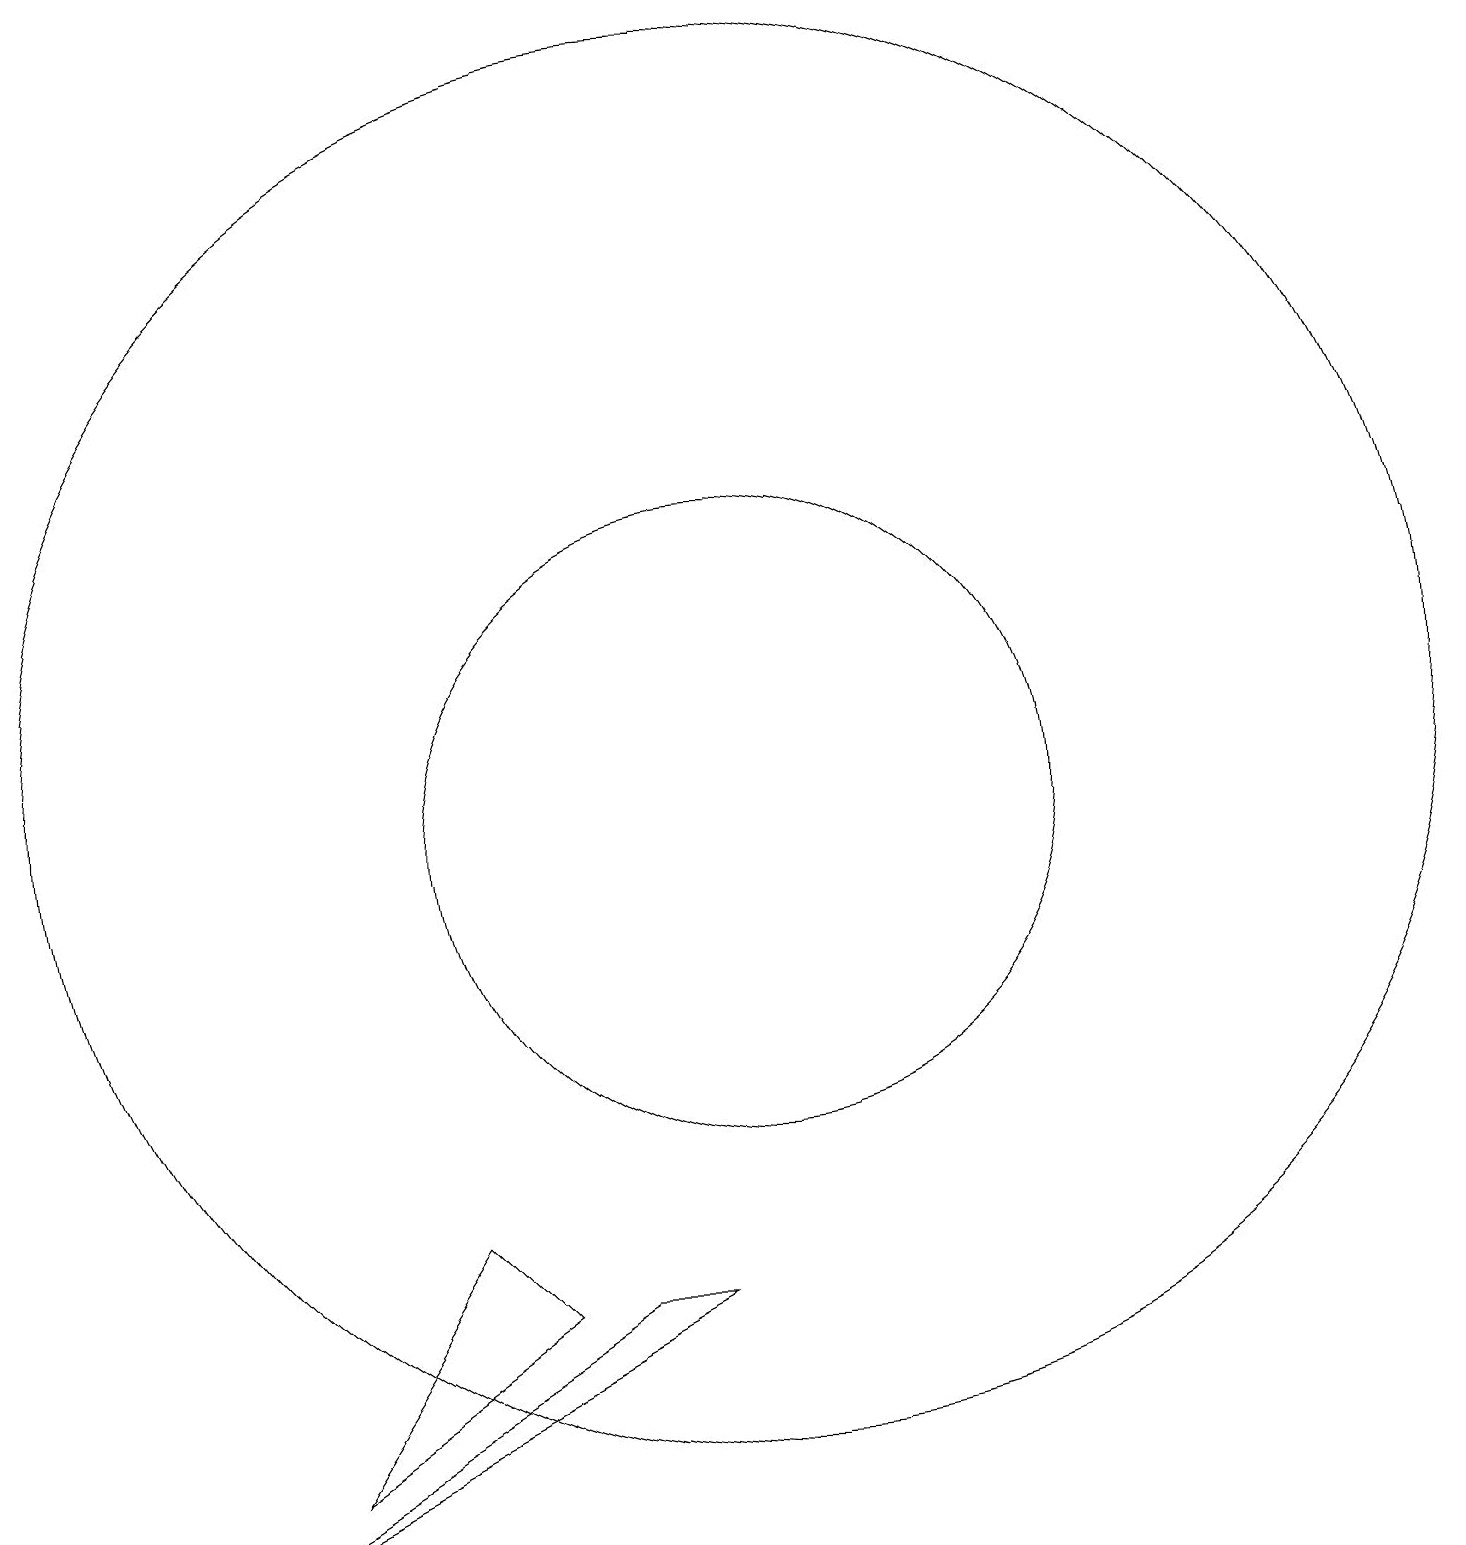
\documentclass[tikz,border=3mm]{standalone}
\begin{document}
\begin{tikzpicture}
\draw (7,5) -- (4,3) -- (6,6) -- cycle;
\draw (10,11) circle (4);
\draw (10,12) circle (9);
\draw (8,5) -- (9,5) -- (3,2) -- cycle;
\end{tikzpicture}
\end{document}